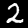
Digit: 2